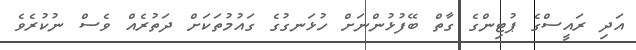
އަދި ރައީސްގެ ޕުޓިންގެ ގާތް ބޭފުޅުންނަށް ހުޅަނގުގެ ގައުމުތަކަށް ދަތުރެއް ވެސް ނުކުރެވެ